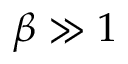
\beta \gg 1